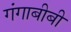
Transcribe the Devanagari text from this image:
गंगाबीबी